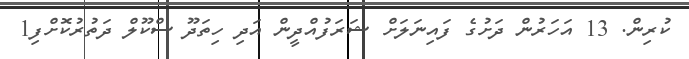
ކުރިން. 13 އަހަރުން ދަށުގެ ފައިނަލަށް ޝަރަފުއްދީން އަދި ހިތަދޫ ސްކޫލް ދަތުރުކޮށްފި1